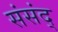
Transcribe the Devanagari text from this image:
संसंद्